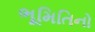
ભૂમિતિનો